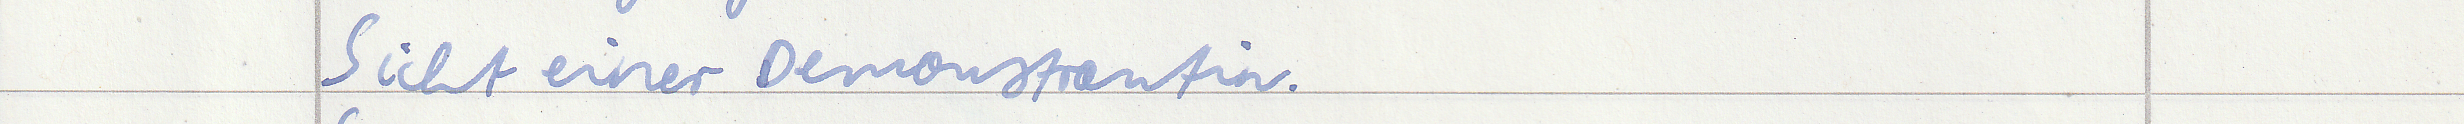
Sicht einer Demonstrantin.